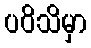
ပဝိသိမှာ